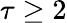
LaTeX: \tau\geq 2